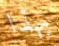
بهذا